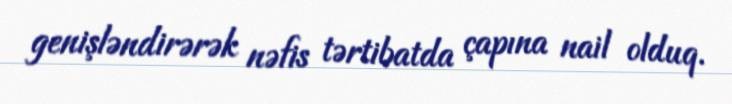
genişləndirərək nəfis tərtibatda çapına nail olduq.